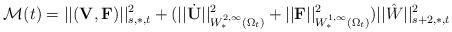
LaTeX: \begin{align*}\mathcal{M}(t)&=||({\mathbf V},\mathbf{F})||^2_{s,\ast,t}+(||\dot{{\mathbf U}}||^2_{W^{2,\infty}_{\ast}(\Omega_t)}+||\mathbf{F}||^2_{W^{1,\infty}_{\ast}(\Omega_t)})||\hat{W}||^2_{s+2,\ast,t}\\\end{align*}